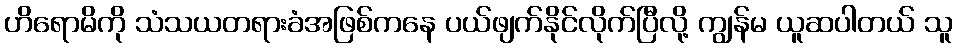
ဟိရောမိကို သံသယတရားခံအဖြစ်ကနေ ပယ်ဖျက်နိုင်လိုက်ပြီလို့ ကျွန်မ ယူဆပါတယ် သူ